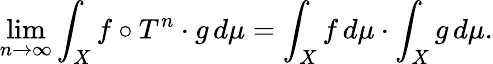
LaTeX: \operatorname*{lim}_{n\to\infty}\int_{X}f\circ T^{n}\cdot g\, d\mu=\int_{X}f\, d\mu\cdot\int_{X}g\, d\mu.